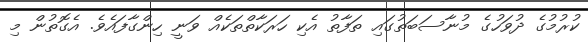
ކުރުމުގެ ދުވަހުގެ މުނާސަބަތުގައި ތަފާތު އެކި ހަރަކާތްތަކެއް ވަނީ ހިންގާފައެވެ. އެގޮތުން މި